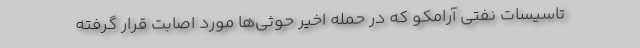
تاسیسات نفتی آرامکو که در حمله اخیر حوثی‌ها مورد اصابت قرار گرفته